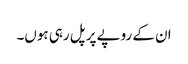
ان کے روپے پر پل رہی ہوں۔